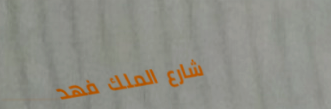
شارع الملك فهد